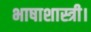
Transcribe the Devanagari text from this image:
भाषाशास्त्री।